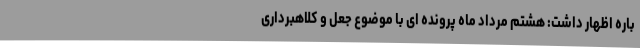
باره اظهار داشت: هشتم مرداد ماه پرونده ای با موضوع جعل و کلاهبرداری